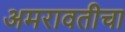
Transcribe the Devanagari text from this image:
अमरावतीचा